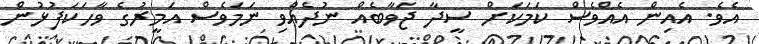
އެވެ. އެއިން އެއްވެސް ކަމަކަށް ސީދާ ޖަވާބެއް ނުދެއްވި ނަމަވެސް އަމީރުގެ ވާހަކަފުޅުން